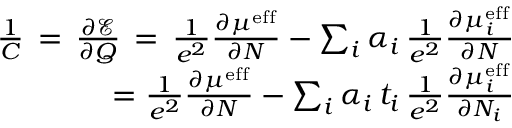
\begin{array} { r } { \frac { 1 } { C } \, = \, \frac { \partial \mathcal { E } } { \partial Q } \, = \, \frac { 1 } { e ^ { 2 } } \frac { \partial \mu ^ { \mathrm { e f f } } } { \partial N } - \sum _ { i } \alpha _ { i } \, \frac { 1 } { e ^ { 2 } } \frac { \partial \mu _ { i } ^ { \mathrm { e f f } } } { \partial N } } \\ { = \frac { 1 } { e ^ { 2 } } \frac { \partial \mu ^ { \mathrm { e f f } } } { \partial N } - \sum _ { i } \alpha _ { i } \, t _ { i } \, \frac { 1 } { e ^ { 2 } } \frac { \partial \mu _ { i } ^ { \mathrm { e f f } } } { \partial N _ { i } } } \end{array}